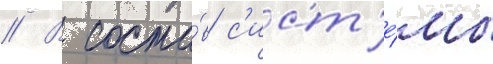
// В соста́в с'ист'е́мы